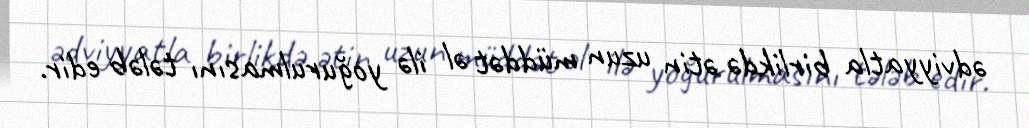
ədviyyatla birlikdə ətin uzun müddət əl ilə yoğurulmasını tələb edir.